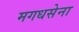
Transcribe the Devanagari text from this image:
मगधसेना